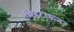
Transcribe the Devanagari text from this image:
मिडटाऊन